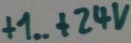
Text: +1.. +24V